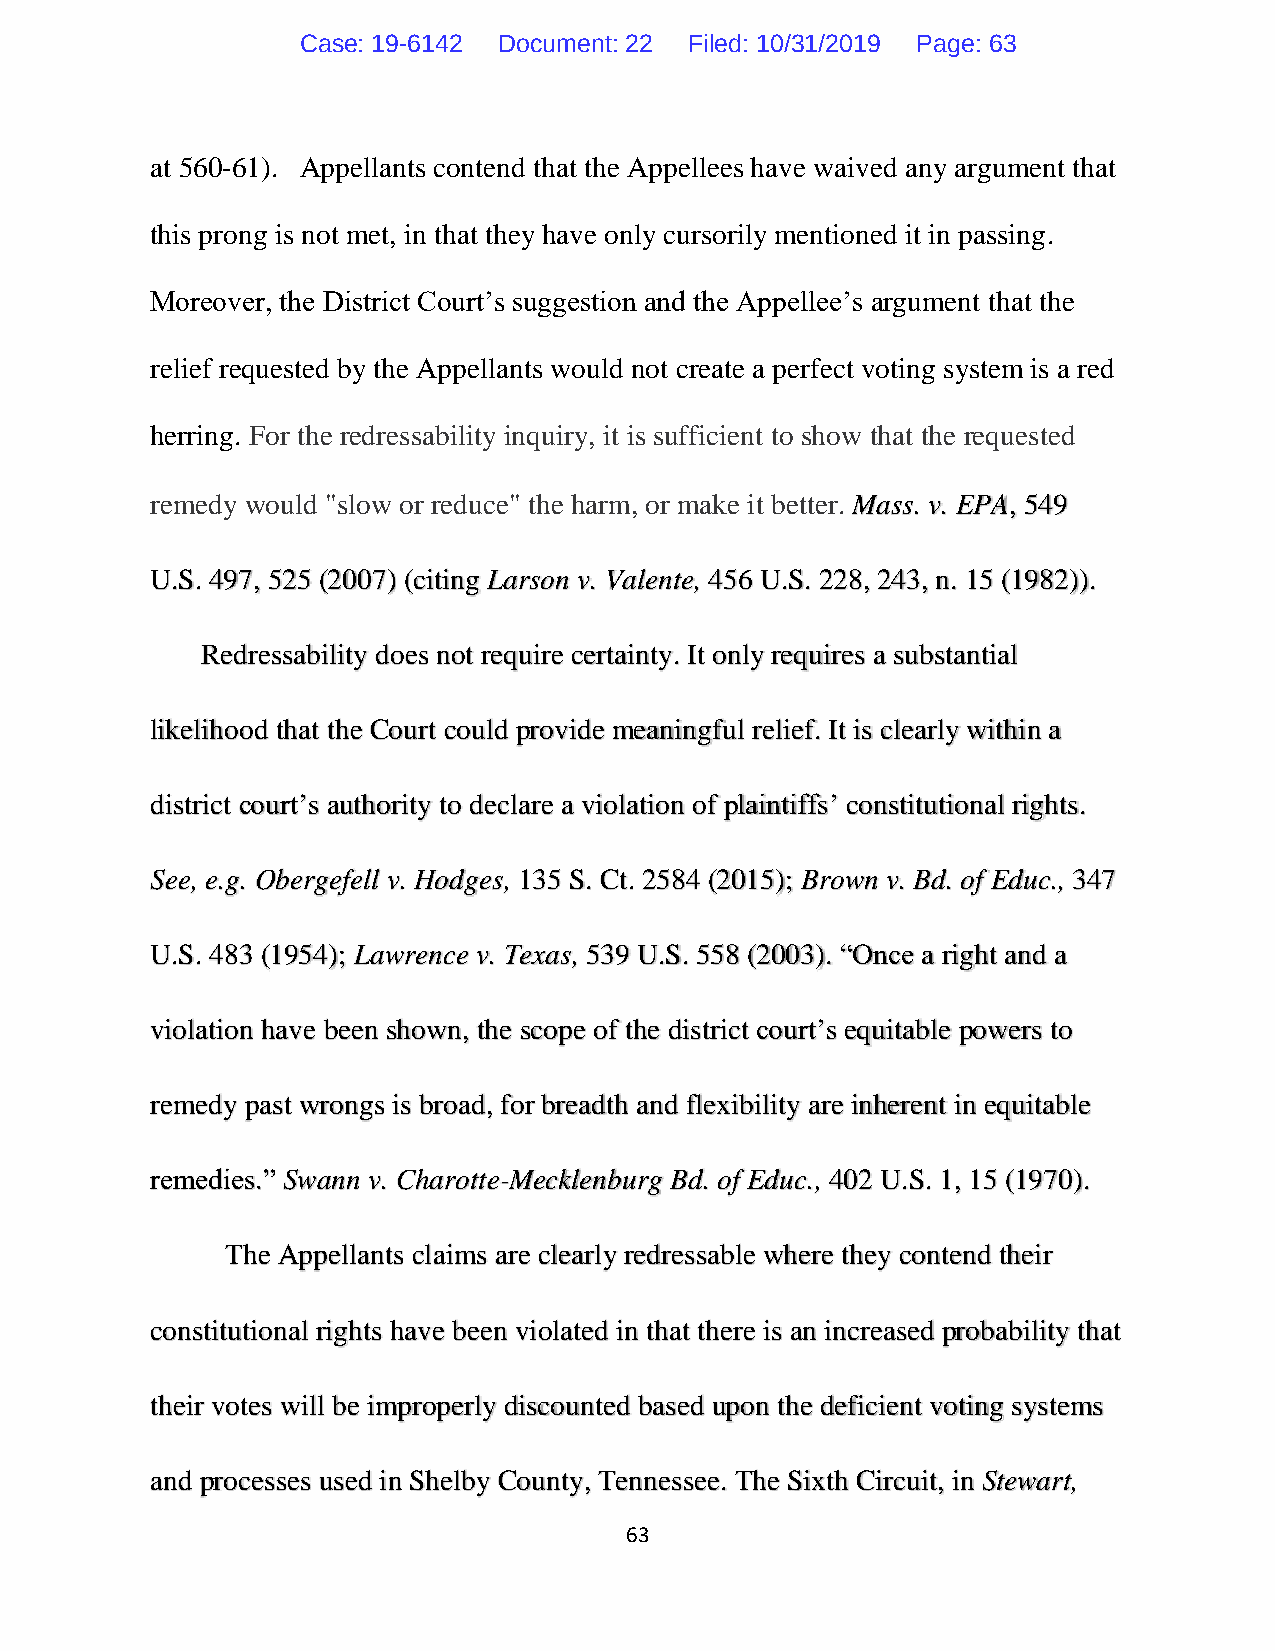
Case: 19-6142 Document: 22 Filed: 10/31/2019 Page: 63
 at 560-61). Appellants contend that the Appellees have waived any argument that
 this prong is not met, in that they have only cursorily mentioned it in passing.
 Moreover, the District Court’s suggestion and the Appellee’s argument that the
 relief requested by the Appellants would not create a perfect voting system is a red
 herring. For the redressability inquiry, it is sufficient to show that the requested
 remedy would "slow or reduce" the harm, or make it better. Mass. v. EPA, 549
 U.S. 497, 525 (2007) (citing Larson v. Valente, 456 U.S. 228, 243, n. 15 (1982)).
 Redressability does not require certainty. It only requires a substantial
 likelihood that the Court could provide meaningful relief. It is clearly within a
 district court’s authority to declare a violation of plaintiffs’ constitutional rights.
 See, e.g. Obergefell v. Hodges, 135 S. Ct. 2584 (2015); Brown v. Bd. of Educ., 347
 U.S. 483 (1954); Lawrence v. Texas, 539 U.S. 558 (2003). “Once a right and a
 violation have been shown, the scope of the district court’s equitable powers to
 remedy past wrongs is broad, for breadth and flexibility are inherent in equitable
 remedies.” Swann v. Charotte-Mecklenburg Bd. of Educ., 402 U.S. 1, 15 (1970).
 The Appellants claims are clearly redressable where they contend their
 constitutional rights have been violated in that there is an increased probability that
 their votes will be improperly discounted based upon the deficient voting systems
 and processes used in Shelby County, Tennessee. The Sixth Circuit, in Stewart,
 63